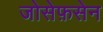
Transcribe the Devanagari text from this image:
जोसेफ़सेन